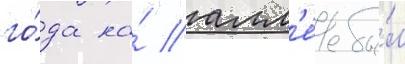
го́да на́ алл'е́е бы́л